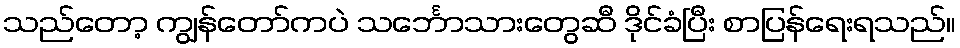
သည်တော့ ကျွန်တော်ကပဲ သင်္ဘောသားတွေဆီ ဒိုင်ခံပြီး စာပြန်ရေးရသည်။